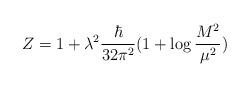
LaTeX: \begin{align*}Z=1+\lambda^2\frac{\hbar}{32\pi^2}(1+\log\frac{M^2}{\mu^2})\end{align*}